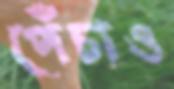
পেঁচাও